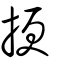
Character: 挭